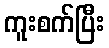
ကူးစက်ပြီး